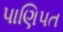
પાણિપત